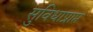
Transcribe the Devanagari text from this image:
सुविधाप्राप्त